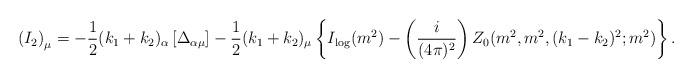
LaTeX: \begin{align*}\left( I_{2}\right) _{\mu }=-\frac{1}{2}(k_{1}+k_{2})_{\alpha }\left[ \Delta_{\alpha \mu }\right] -\frac{1}{2}(k_{1}+k_{2})_{\mu }\left\{ I_{\log}(m^{2})-\left( \frac{i}{(4\pi )^{2}}\right)Z_{0}(m^{2},m^{2},(k_{1}-k_{2})^{2};m^{2})\right\} .\end{align*}